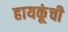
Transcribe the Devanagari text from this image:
हायकूंची